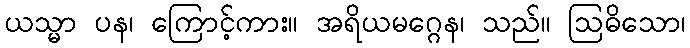
ယသ္မာ ပန၊ ကြောင့်ကား။ အရိယမဂ္ဂေန၊ သည်။ ဩဓိသော၊